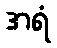
အရံ